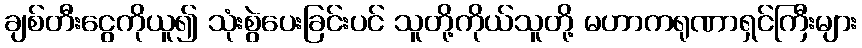
ချစ်တီးငွေကိုယူ၍ သုံးစွဲပေးခြင်းပင် သူတို့ကိုယ်သူတို့ မဟာကရုဏာရှင်ကြီးများ